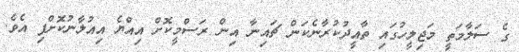
ގެ ސަލާމަތީ މަޖިލީހުގައި ތާއީދުކުރާނެކަން ޗައިނާ އިން ރަސްމީކޮށް އިއްޔެ އިއުލާނުކޮށްފި އެވެ.